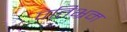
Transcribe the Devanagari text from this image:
पतिभ्रम